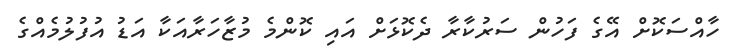
ހާއްސަކޮށް އޭގެ ފަހުން ސަރުކާރާ ދެކޮޅަށް އައި ކޮންމެ މުޒާހަރާއަކާ އަޑު އުފުލުމެއްގެ